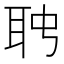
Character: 𦕊